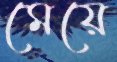
মেয়ে